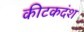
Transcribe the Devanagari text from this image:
कीटकदंश